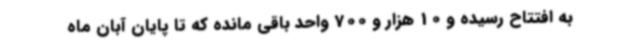
به افتتاح رسیده و 10 هزار و 700 واحد باقی مانده که تا پایان آبان ماه